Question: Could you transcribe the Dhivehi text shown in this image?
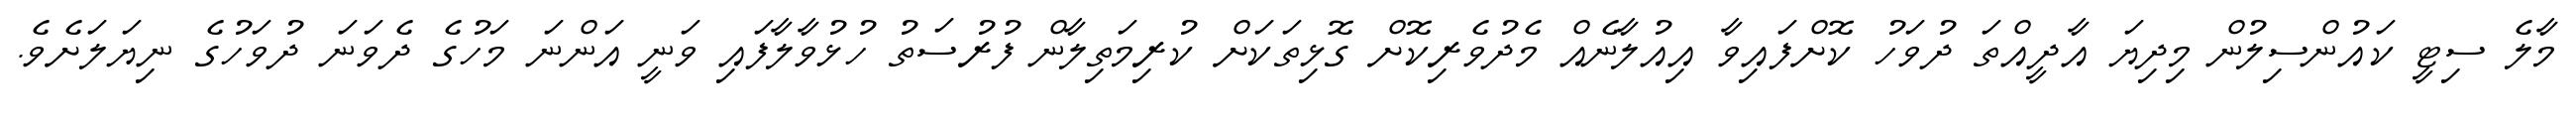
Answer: މާލެ ސިޓީ ކައުންސިލުން މިދިޔަ އާދީއްތަ ދުވަހު ކޮށްފައިވާ އިއުލާނެއް މެދުވެރިކޮށް ގޮޅިތަކަށް ކުރިމަތިލާން ފުރުސަތު ހުޅުވާލާފައި ވަނީ އަންނަ މަހުގެ ދެވަނަ ދުވަހުގެ ނިޔަލަށެވެ.